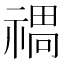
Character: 𱵤